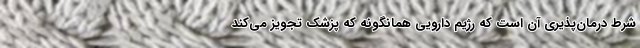
شرط درمان‌پذیری آن است که رژیم دارویی همانگونه که پزشک تجویز می‌کند